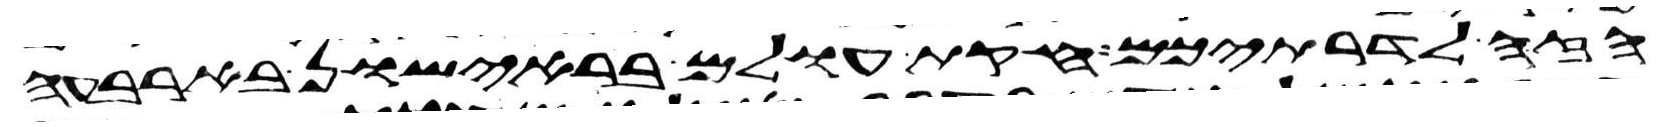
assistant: הזה לדרתיכם חקת עולם בראישון בארבעה